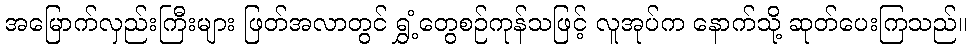
အမြောက်လှည်းကြီးများ ဖြတ်အလာတွင် ရွှံ့တွေစဉ်ကုန်သဖြင့် လူအုပ်က နောက်သို့ ဆုတ်ပေးကြသည်။